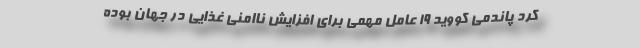
کرد پاندمی کووید ۱۹ عامل مهمی برای افزایش ناامنی غذایی در جهان بوده